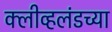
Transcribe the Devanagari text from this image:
क्लीव्हलंडच्या